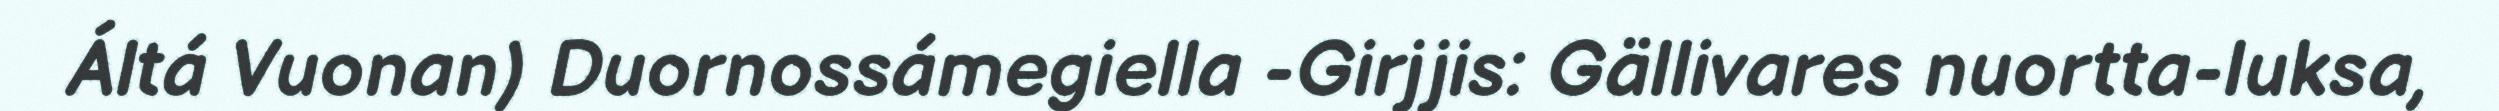
Áltá Vuonan) Duornossámegiella -Girjjis: Gällivares nuortta-luksa,